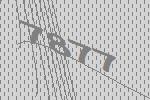
7877